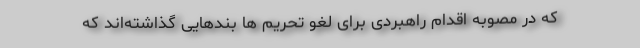
که در مصوبه اقدام راهبردی برای لغو تحریم ها بندهایی گذاشته‌اند که